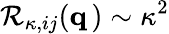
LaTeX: {\cal R}_{\kappa,ij}({\mathbf q}\, )\sim\kappa^{2}